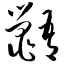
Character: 鼯